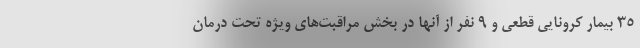
۳۵ بیمار کرونایی قطعی و ۹ نفر از آنها در بخش مراقبت‌های ویژه تحت درمان